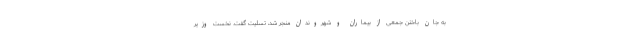
به جان باختن جمعی از بیماران و شهروندان منجر شد، تسلیت گفت. نخست وزیر